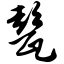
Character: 甏